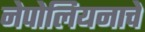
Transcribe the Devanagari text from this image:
नेपोलियनाचे